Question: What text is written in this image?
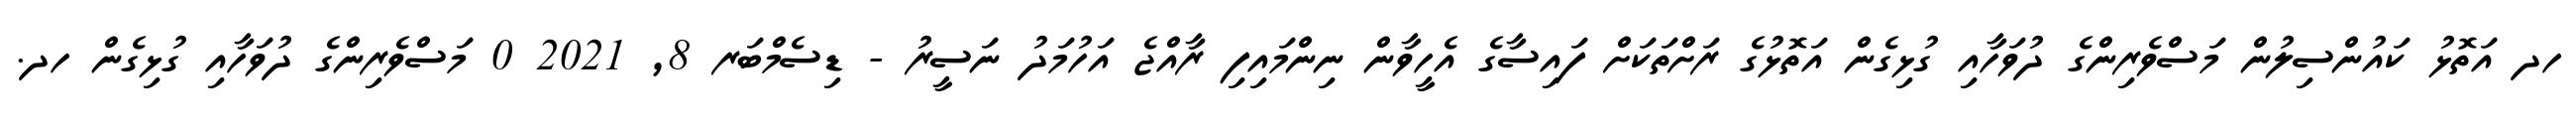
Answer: ހދ އަތޮޅު ކައުންސިލުން މަސްވެރިންގެ ދުވަހާއި ގުޅިގެން އަތޮޅުގެ ރަށްތަކަށް ފައިސާގެ އެހީވާން ނިންމައިފި ރާއްޖެ އަހުމަދު ނަސީރު - ޑިސެމްބަރ 8, 2021 0 މަސްވެރިންގެ ދުވަހާއި ގުޅިގެން ހދ.